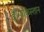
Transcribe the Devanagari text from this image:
है।पाकिस्तान